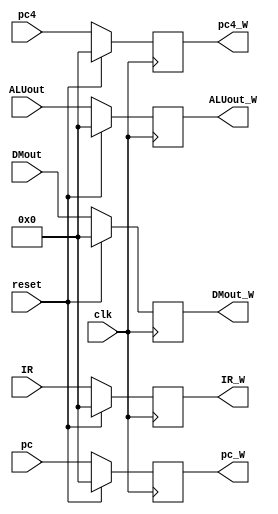
`timescale 1ns / 1ps
//////////////////////////////////////////////////////////////////////////////////
// Company: 
// Engineer: 
// 
// Design Name: 
// Module Name:    M_W 
// Project Name: 
// Target Devices: 
// Tool versions: 
// Description: 
//
// Dependencies: 
//
// Revision: 
// Revision 0.01 - File Created
// Additional Comments: 
//
//////////////////////////////////////////////////////////////////////////////////
module M_W(
    input [31:0] IR,
    input [31:0] pc,
    input [31:0] pc4,
    input [31:0] ALUout,
    input [31:0] DMout,
    input clk,
    input reset,
    output reg[31:0] IR_W,
    output reg[31:0] pc_W,
    output reg[31:0] pc4_W,
    output reg[31:0] ALUout_W,
    output reg[31:0] DMout_W
    );
    always@(posedge clk)
		begin
			if(reset)
				begin
					IR_W <= 0;
					pc_W <= 0;
					pc4_W <= 0;
					ALUout_W <= 0;
					DMout_W <= 0;
				end
			else
				begin
					IR_W <= IR;
					pc_W <= pc;
					pc4_W <= pc4;
					ALUout_W <= ALUout;
					DMout_W <= DMout;
				end
		end

endmodule